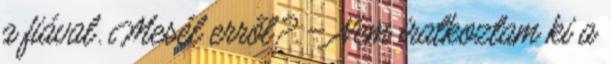
a fiával. Mesél erről? – Nem iratkoztam ki a